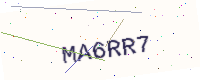
Text: MA6RR7